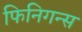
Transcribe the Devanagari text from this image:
फिनिगन्स